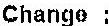
CHANGE :